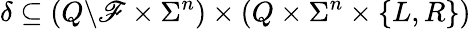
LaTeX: \delta\subseteq\left(Q\backslash\mathscr{F}\times\Sigma^{n}\right)\times\left(Q\times\Sigma^{n}\times\{ L,R\} \right)